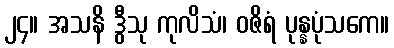
၂၄။ အသနိ ဒွီသု ကုလိသံ၊ ဝဇိရံ ပုန္နပုံသကေ။